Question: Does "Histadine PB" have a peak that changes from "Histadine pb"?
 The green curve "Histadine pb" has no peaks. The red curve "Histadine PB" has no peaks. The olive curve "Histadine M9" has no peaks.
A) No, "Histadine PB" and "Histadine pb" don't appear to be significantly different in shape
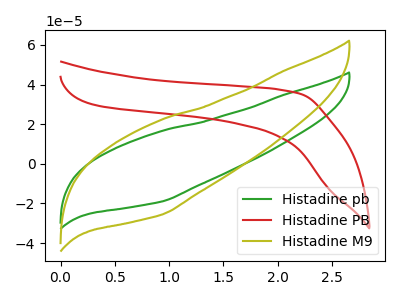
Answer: <think>Neither "Histadine PB" or "Histadine pb" have any peaks.
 </think>
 <answer>A) No, "Histadine PB" and "Histadine pb" don't appear to be significantly different in shape</answer>
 <eval>A</eval>